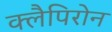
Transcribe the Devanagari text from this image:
क्लैपिरोन